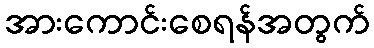
အားကောင်းစေရန်အတွက်